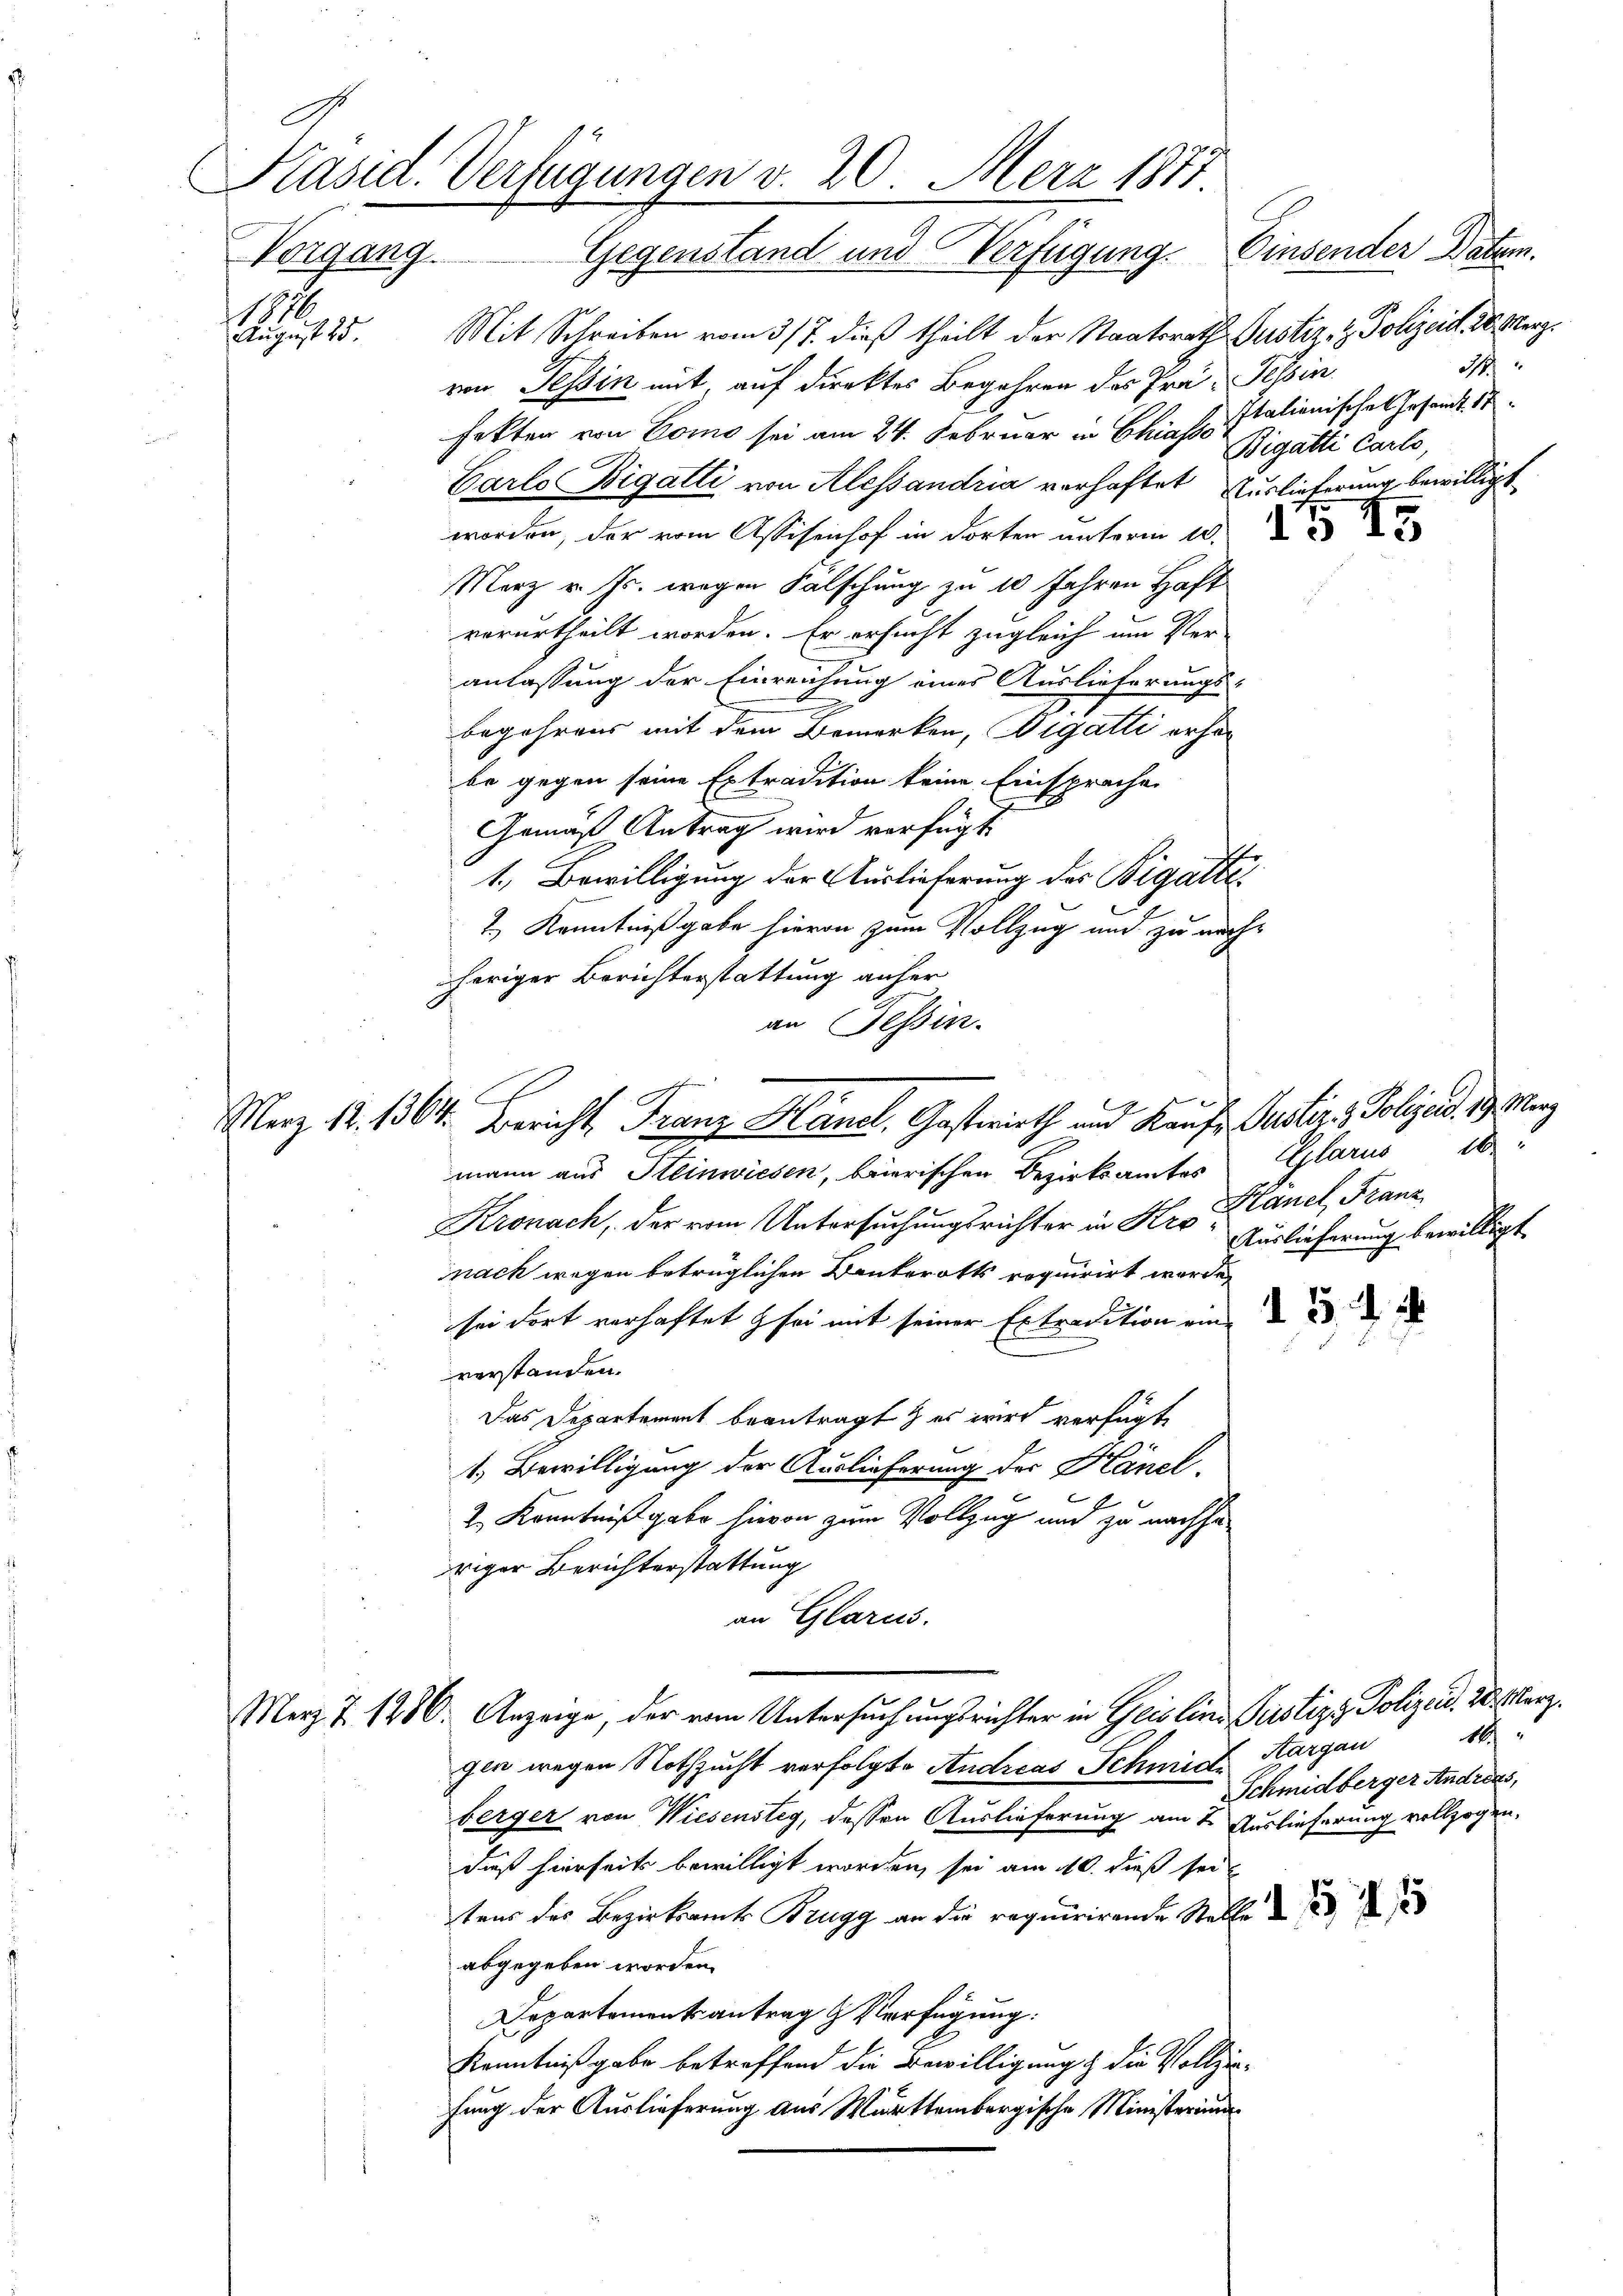
1
August 25.

Präsid. Verfügungen v. 20. Merz 1871
Einsender Datum.
Vorgang. Gegenstand und Verfügung

Mit Schreiben vom 3/7. dieß theilt der Staatsrath Justiz- & Polizeist. 20. Merzvon Tessin mit, auf direktes Begehren des Prä- Tessin
fekten von Como sei am 24. Februar in Chias Italienisches Gesandt. 1
Carlo Bigatti von Alessandria verhaftet Auslieferung bewilligt
worden, der vom Assisenhof in dorten unterm 20.
Merz v. Js. wegen Fälschung zu 10 Jahren Haft
verurtheilt worden. Er ersucht zugleich um Ver-
anlassung der Einreichung eines Auslieferungs-
begehrens mit dem Bemerken, Bigatti erher
be gegen seine Extradition keine Einsprache
Gemäß Antrag wird verfügt:
1., Bewilligung der Auslieferung des Bigalte
2.) Kenntnißgabe hievon zum Vollzug und zu nachheriger Berichterstattung anher
an Tessin.

Merz 18. 1364. Bericht Franz Hänel, Gasterieth und Kaufs Justire, Polijed. 19. März
mann aus Heinwiesen, baierischen Bezirksamtes Glarus 18:

Kronach, der vom Untersuchungsrichter in Hr. Planel, Franz
nach wegen betrüglichen Bankerotts requirirt werde,
sei dort verhaftet sei mit seiner Extradition ein 2 u.
verstanden.
Das Departement beantragt, es wird verfügt
1.) Bewilligung der Auslieferung der Känel.
2.) Kenntniß gabe hievon zum Vollzug und zu nachha
riger Berichterstattung
an Glarus.
Merz 7 1280. Anzeige, der vom Untersuchungsrichter in Geis lina Pustiz & Polizeid. 20 terz.
gen wegen Nothzucht verfolgte Andreas Schmidt Aargau
berger von Wiesensteg, dessen Auslieferung am 2. Auslieferung vollzogen,
dieß hierseits bewilligt worden, sei am 10. dieß sei
tens des Bezirksamt Brugg an die requirirende Stelle d
abgegeben worden.
Departementsantrag & Verfügung:
Kenntniß gabe betreffend die Bewilligung & die Vollziefung der Auslieferung aus Württembergische Ministerium

d
Bigatti Carlo,

Auslieferung bewilligt.

1
Schmidberger Andreas,